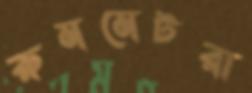
রুমমেটরা